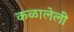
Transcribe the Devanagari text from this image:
कळालेली